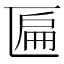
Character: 匾